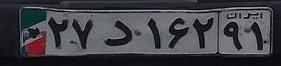
۲۷د۱۶۲۹۱